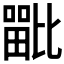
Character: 𭻦